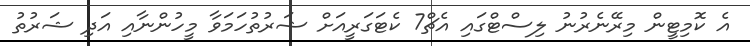
އެ ކޮމިޓީން މިރޭނެރުނު ލިސްޓްގައި އެޗް7 ކެޓަގަރީއަށް ޝަރުތުހަމަވާ މީހުންނާއި އަދި ޝަރުތު